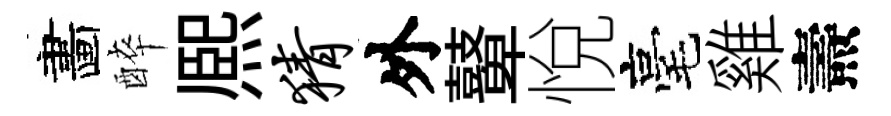
畵醉熈猜外鼙悅毫雞燾